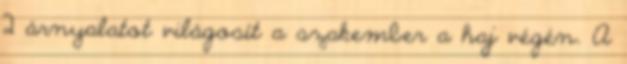
2 árnyalatot világosít a szakember a haj végén. A